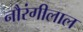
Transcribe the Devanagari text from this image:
नौरंगीलाल